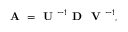
\textbf { A } = \textbf { U } ^ { - 1 } \textbf { D } \textbf { V } ^ { - 1 } ,